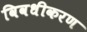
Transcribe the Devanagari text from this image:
विवधीकरण